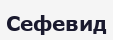
Сефевид